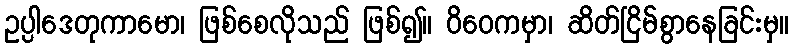
ဥပ္ပါဒေတုကာမော၊ ဖြစ်စေလိုသည် ဖြစ်၍။ ဝိဝေကမှာ၊ ဆိတ်ငြိမ်စွာနေခြင်းမှ။